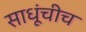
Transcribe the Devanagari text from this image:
साधूंचीच